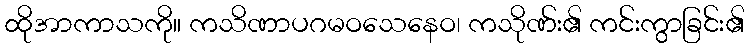
ထိုအာကာသကို။ ကသိဏာပဂမဝသေနေဝ၊ ကသိုဏ်း၏ ကင်းကွာခြင်း၏